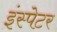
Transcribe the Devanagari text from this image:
इंस्पेटर